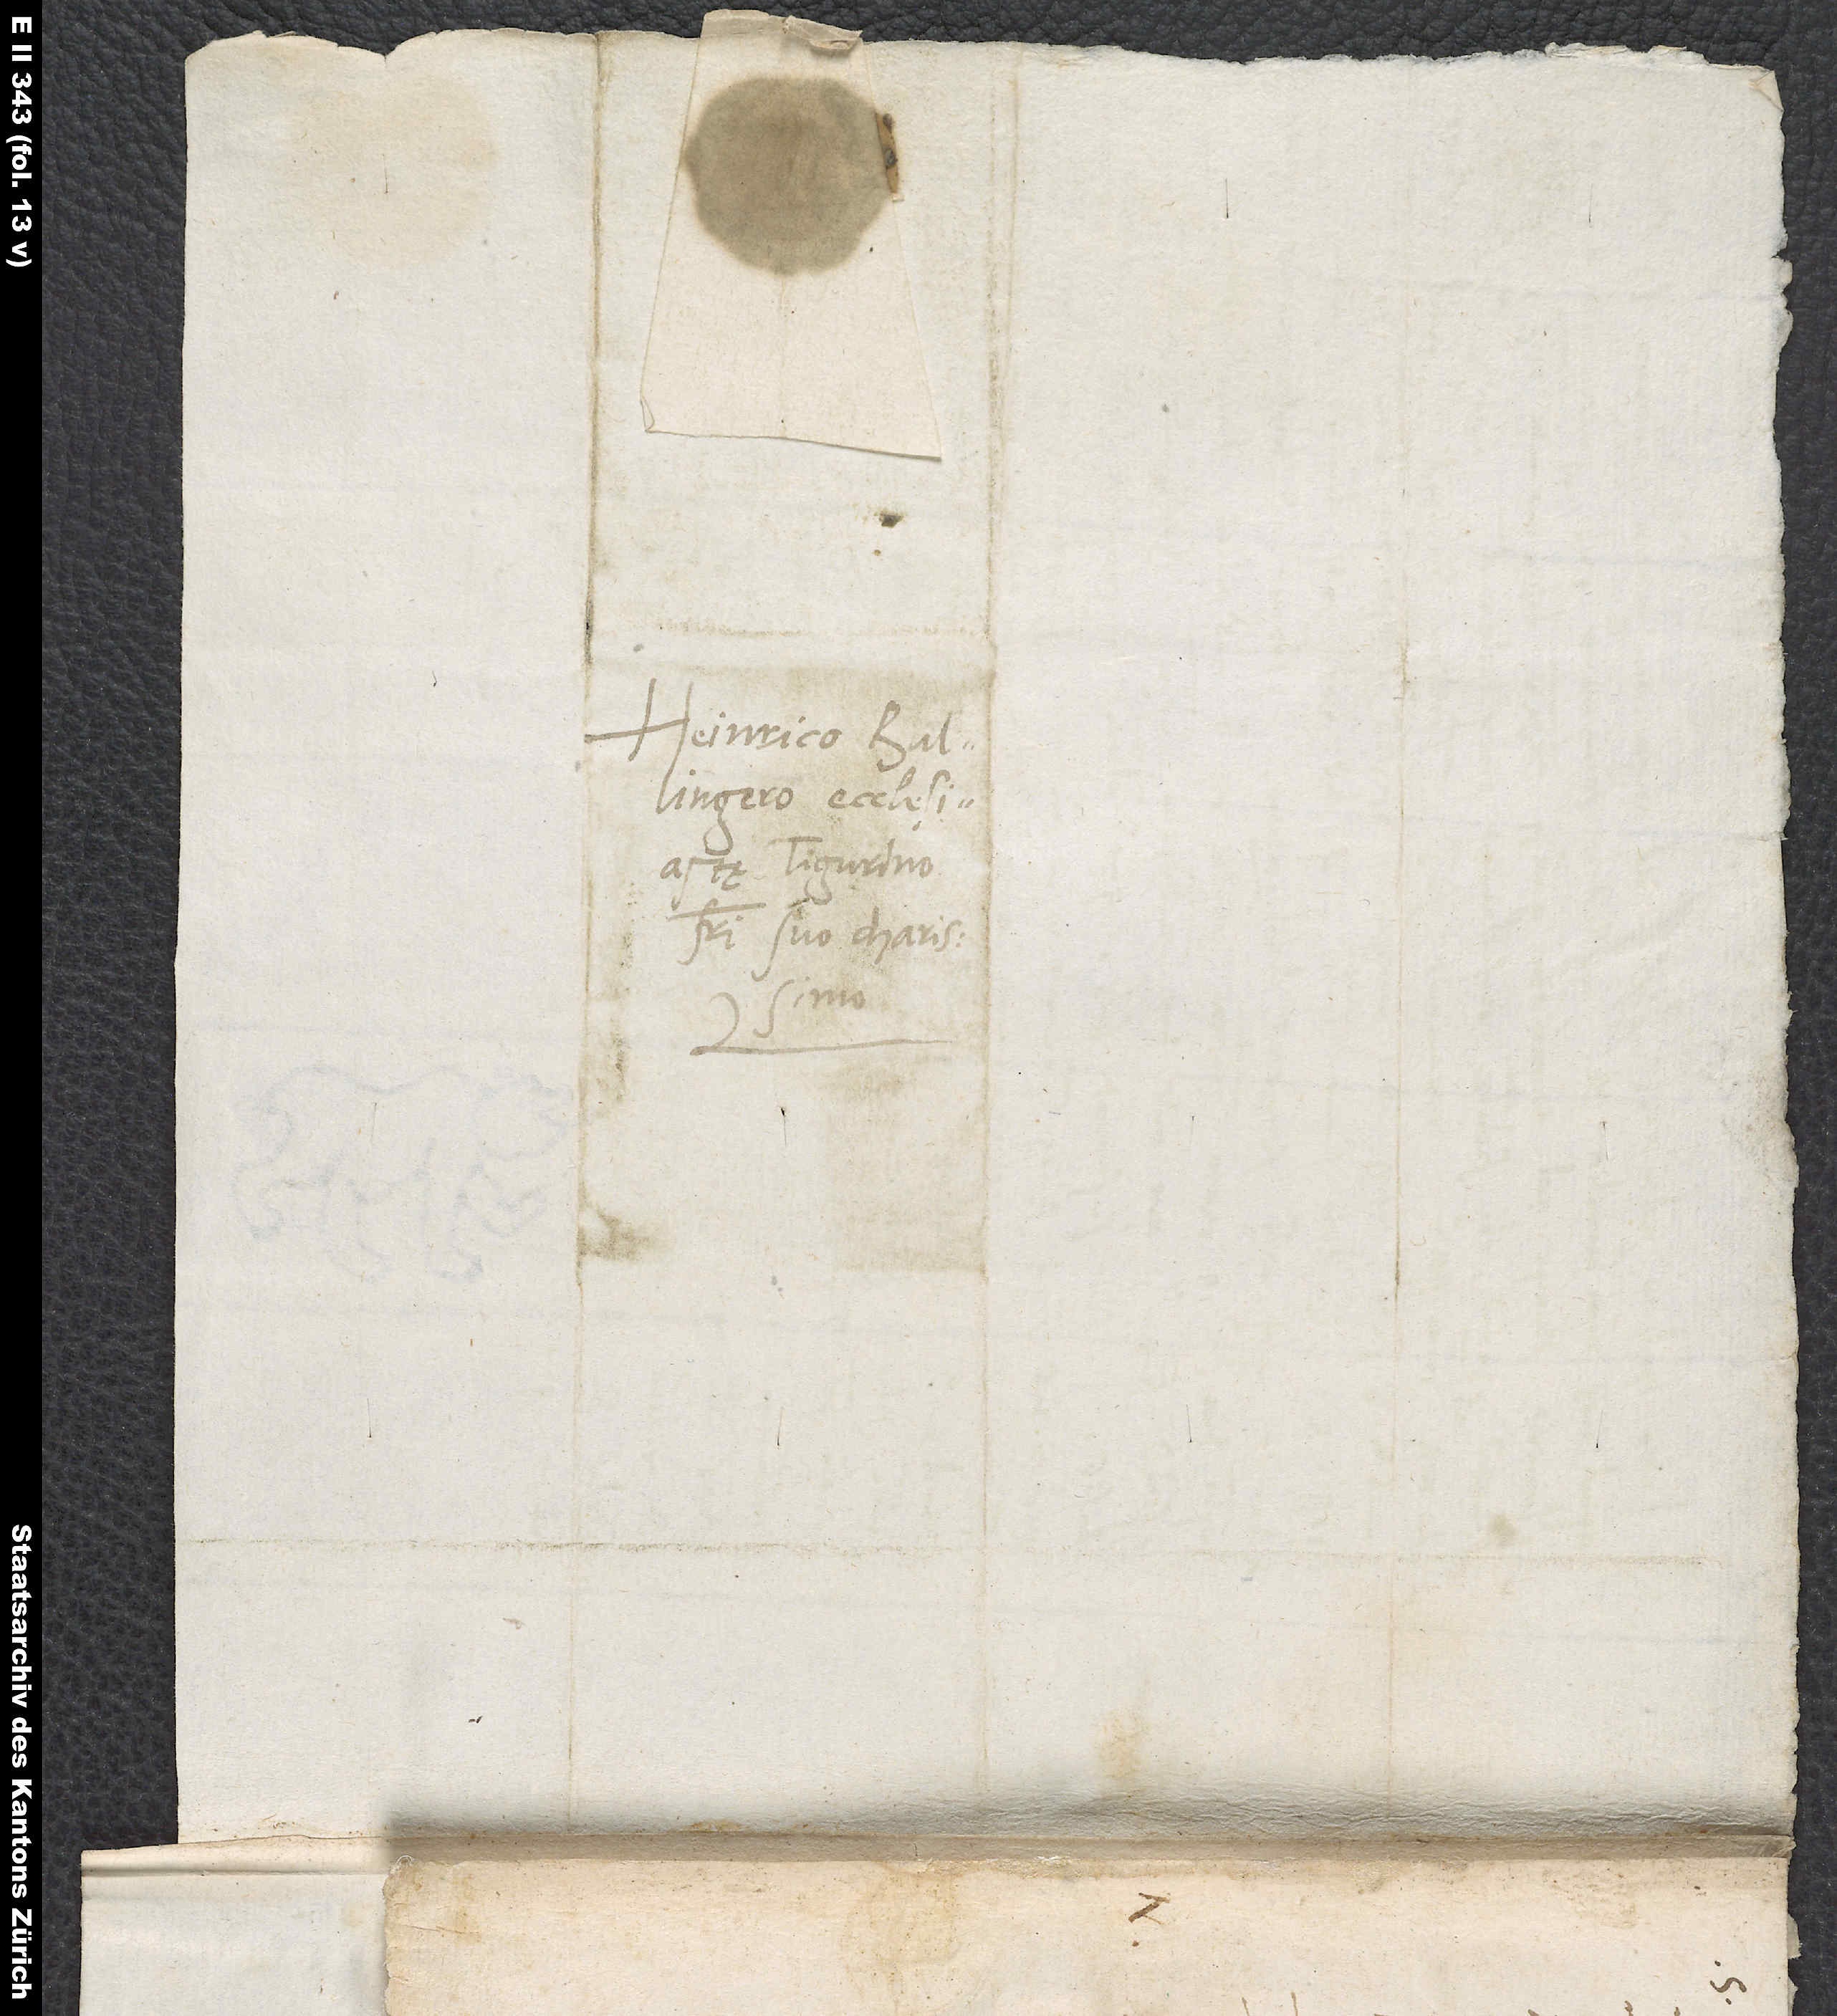
Heinrico Bullingero,
Tigurino,